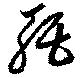
聒